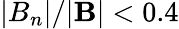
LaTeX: |B_{n}|/|\mathbf{B}|<0.4